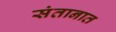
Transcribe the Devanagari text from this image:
संतानात